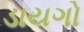
ડાયગો